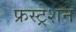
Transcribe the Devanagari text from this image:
फ्रस्ट्रेशन